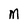
Character: M